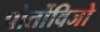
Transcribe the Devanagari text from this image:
पोर्तोविजो